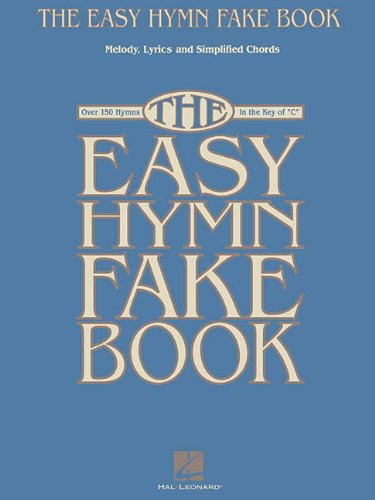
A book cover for The Easy Hymn Fake Book: Over 150 Hymns in the Key of "C"; Christian Books & Bibles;